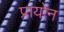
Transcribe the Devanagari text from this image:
प्रायोन